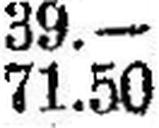
71.50